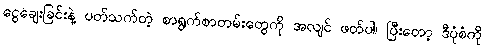
ငွေချေးခြင်းနဲ့ ပတ်သက်တဲ့ စာရွက်စာတမ်းတွေကို အလျင် ဖတ်ပါ၊ ပြီးတော့ ဒီပုံစံကို